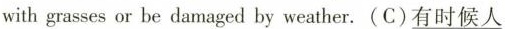
withgrasses or be damaged by weather.(C)\underline{有时候人}